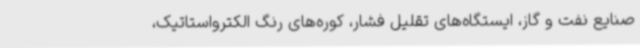
صنایع نفت و گاز، ایستگاه‌های تقلیل فشار، کوره‌های رنگ الکترواستاتیک،